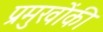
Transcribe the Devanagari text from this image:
प्रमुखोंकी